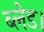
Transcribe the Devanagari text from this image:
ब्लेड।